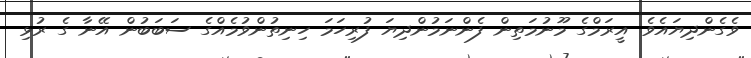
ވެގެންދިޔައެވެ. އީރަމްގެ މޫނުމަތިން ފެންނަމުންދިޔަ ފުރިހަމަ ހިނިތުންވުމެއްގެ ސަބަބުން އޭނާ ގެ ރުޅި